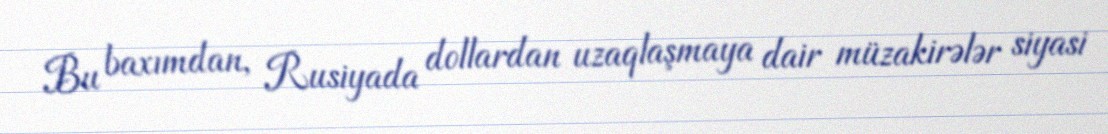
Bu baxımdan, Rusiyada dollardan uzaqlaşmaya dair müzakirələr siyasi